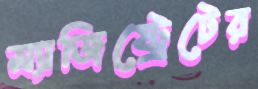
ম্যাজিষ্ট্রেটের